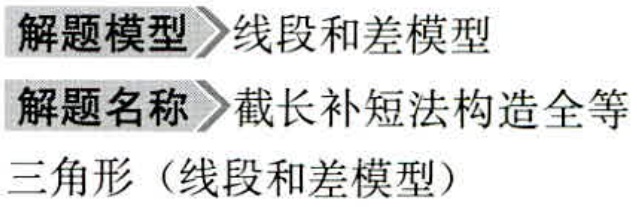
\begin{document}
解题模型\(\rhd\)线段和差模型
解题名称\(\rhd\)截长补短法构造全等
三角形（线段和差模型）
\end{document}